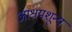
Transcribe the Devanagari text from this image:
आश्रयशून्य